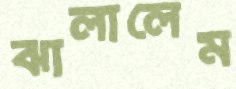
ঝালালেম